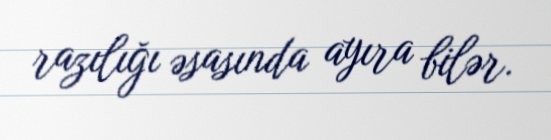
razılığı əsasında ayıra bilər.